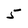
Character: 5